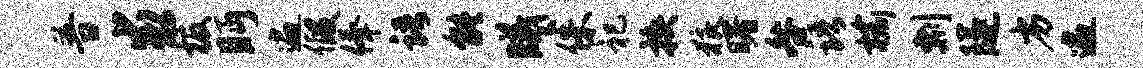
普求板眄遍假俸语能曦侏祀换狼曙咎语榆剽隧劣遍